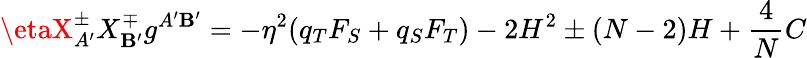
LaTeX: \etaX_{A^{\prime}}^{\pm}X_{\mathbf{B}^{\prime}}^{\mp}g^{A^{\prime}\mathbf{B}^{\prime}}=-\eta^{2}(q_{T}F_{S}+q_{S}F_{T})-2H^{2}\pm(N-2)H+\frac{{4}}{{N}}C